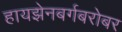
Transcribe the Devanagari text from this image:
हायझेनबर्गबरोबर